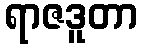
ရာဇဒူတာ